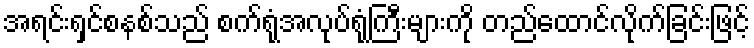
အရင်းရှင်စနစ်သည် စက်ရုံအလုပ်ရုံကြီးများကို တည်ထောင်လိုက်ခြင်းဖြင့်